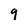
Character: 9